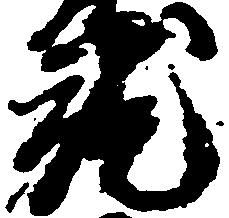
就